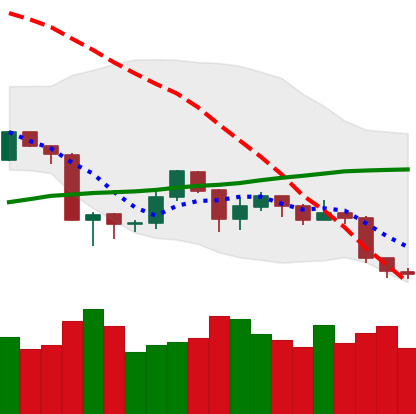
Ticker: ETH-USD
Chart end date: 2019-08-30
Forward return: 4.24%
Label: up_3_5